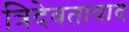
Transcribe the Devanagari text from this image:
त्रिदेवतावाद